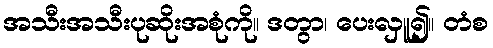
အသီးအသီးပုဆိုးအစုံကို။ ဒတွာ၊ ပေးလှူ၍။ တံစ